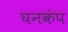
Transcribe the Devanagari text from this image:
घनकंप